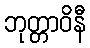
ဘုတ္တာဝိနီ